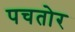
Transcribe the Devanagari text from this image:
पचतोर